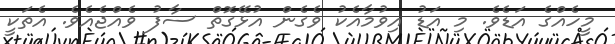
މީހެއްގެ އަޑެވެ. މި އަޑު އިވުމާއެކު ވެގެން އުޅޭގޮތް ސާފު ވެއްޖެއެވެ. އެތަކީ